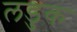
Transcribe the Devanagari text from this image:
लडुक